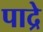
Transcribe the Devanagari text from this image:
पाद्रे